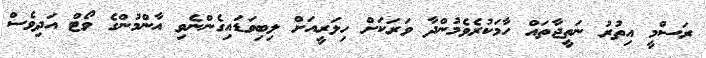
ރަސްމީ އިތުރު ނަތީޖާތައް ހާމަކުރެވެމުންދާ ވަރަކަށް ހިލަރީއަށް ލިބިވަޑައިގެންނެވި އާންމުންގެ ވޯޓް އަދިވެސް